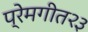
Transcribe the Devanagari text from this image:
प्रेमगीत२३